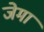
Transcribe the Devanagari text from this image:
जेमां